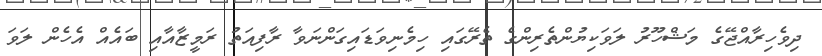
ދިވެހިރާއްޖޭގެ މަޝްހޫރު ލަވަކިޔުންތެރިންގެ ތެރޭގައި ހިމެނިވަޑައިގަންނަވާ ރާފިއަތު ރަމީޒާއާއި ބައެއް އެހެން ލަވަ